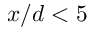
x / d < 5